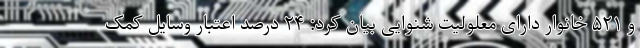
و ۵۲۱ خانوار دارای معلولیت شنوایی بیان کرد: ۲۴ درصد اعتبار وسایل کمک